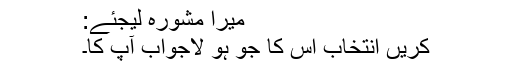
میرا مشورہ لیجئے:
کریں انتخاب اُس کا جو ہو لاجواب آپ کا۔